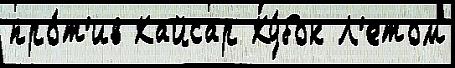
про́т'ив Кайсар Ку́бок Л'етом